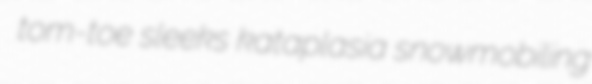
tom-toe sleeks kataplasia snowmobiling